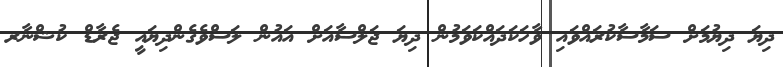
ދިޔަ ދިޔުމަށް ސަމާސާކުރައްވައި ވާހަކަދައްކަވަމުން ދިޔަ ޖަލްސާއަށް އައުން ލަސްވެގެންދިޔައީ ޖެރާޑް ކުޝްނާރ